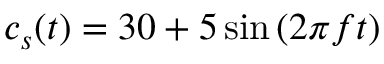
c _ { s } ( t ) = 3 0 + 5 \sin { ( 2 \pi f t ) }